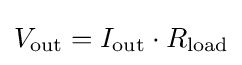
V_{\mathrm {out} }=I_{\mathrm {out} }\cdot R_{\mathrm {load} }